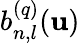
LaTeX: b_{n,l}^{(q)}(\mathbf{u})